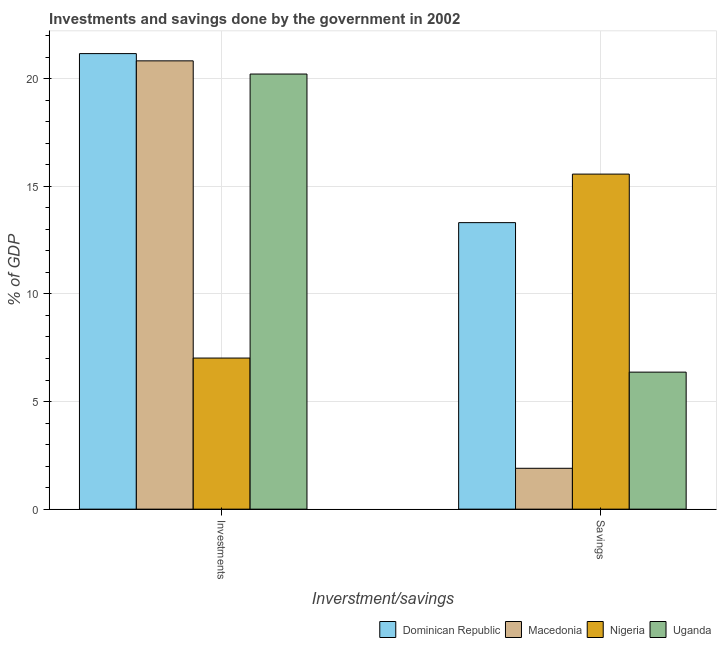
| Inverstment/savings | Dominican Republic | Macedonia | Nigeria | Uganda |
 | --- | --- | --- | --- | --- |
 | Investments | 21.2 | 20.8 | 7.02 | 20.2 |
 | Savings | 13.3 | 1.9 | 15.6 | 6.37 |